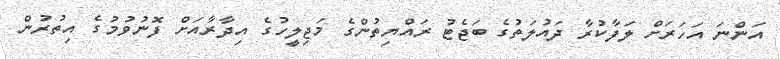
އަންނަ އަހަރަށް ލަފާކުރާ ދައުލަތުގެ ބަޖެޓު ރައްޔިތުންގެ މަޖިލީހުގެ އިދާރާއަށް ފޮނުވުމުގެ އިތުރުން